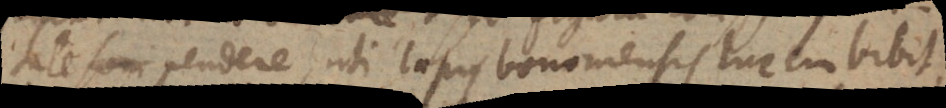
tate soni pendere, uti lapis bononiensis lucem bibit,